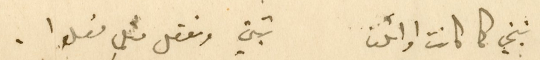
نبني كما كانت اوائلنا 		تبني وتفعل مثلما فعلوا.